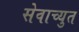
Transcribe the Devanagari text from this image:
सेवाच्युत